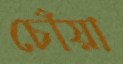
চোঁয়া